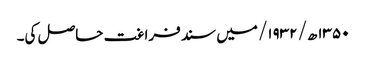
۱۳۵۰ھ/ ۱۹۳۲/ میں سند فراغت حاصل کی۔